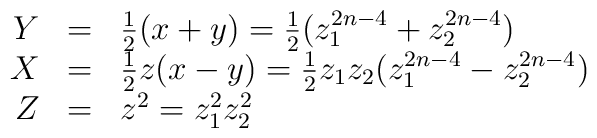
\begin{array}{rcl}Y & = & \frac{1}{2} ( x + y ) = \frac{1}{2}(z_1^{2n-4} + z_2^{2n-4})\\X & = & \frac{1}{2} z ( x - y ) = \frac{1}{2} z_1 z_2(z_1^{2n-4} - z_2^{2n-4})\\Z & = & z^2=z_1^2 z_2^2\end{array}